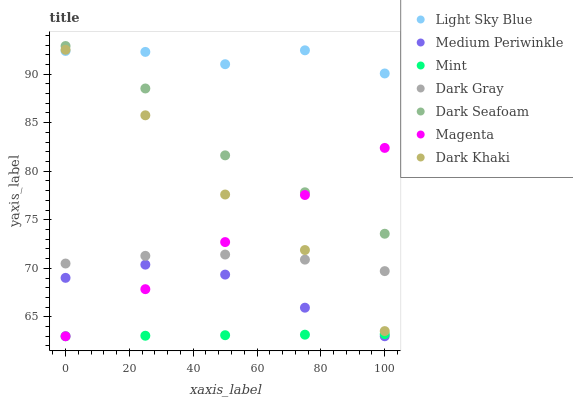
| xaxis_label | Light Sky Blue | Medium Periwinkle | Mint | Dark Gray | Dark Seafoam | Magenta | Dark Khaki |
 | --- | --- | --- | --- | --- | --- | --- | --- |
 | 0 | 92.4 | 69 | 63 | 70.5 | 92.9 | 63 | 92.5 |
 | 25 | 92.3 | 70.4 | 63.1 | 71.3 | 88.5 | 67.9 | 85.8 |
 | 50 | 91 | 69.4 | 63.1 | 71.4 | 81.6 | 72.7 | 77.6 |
 | 75 | 92.5 | 65.9 | 63.2 | 70.9 | 77.8 | 77.6 | 71.9 |
 | 100 | 90.1 | 63 | 63.2 | 69.7 | 73.6 | 82.4 | 63.5 |